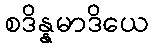
စဒိန္နမာဒိယေ